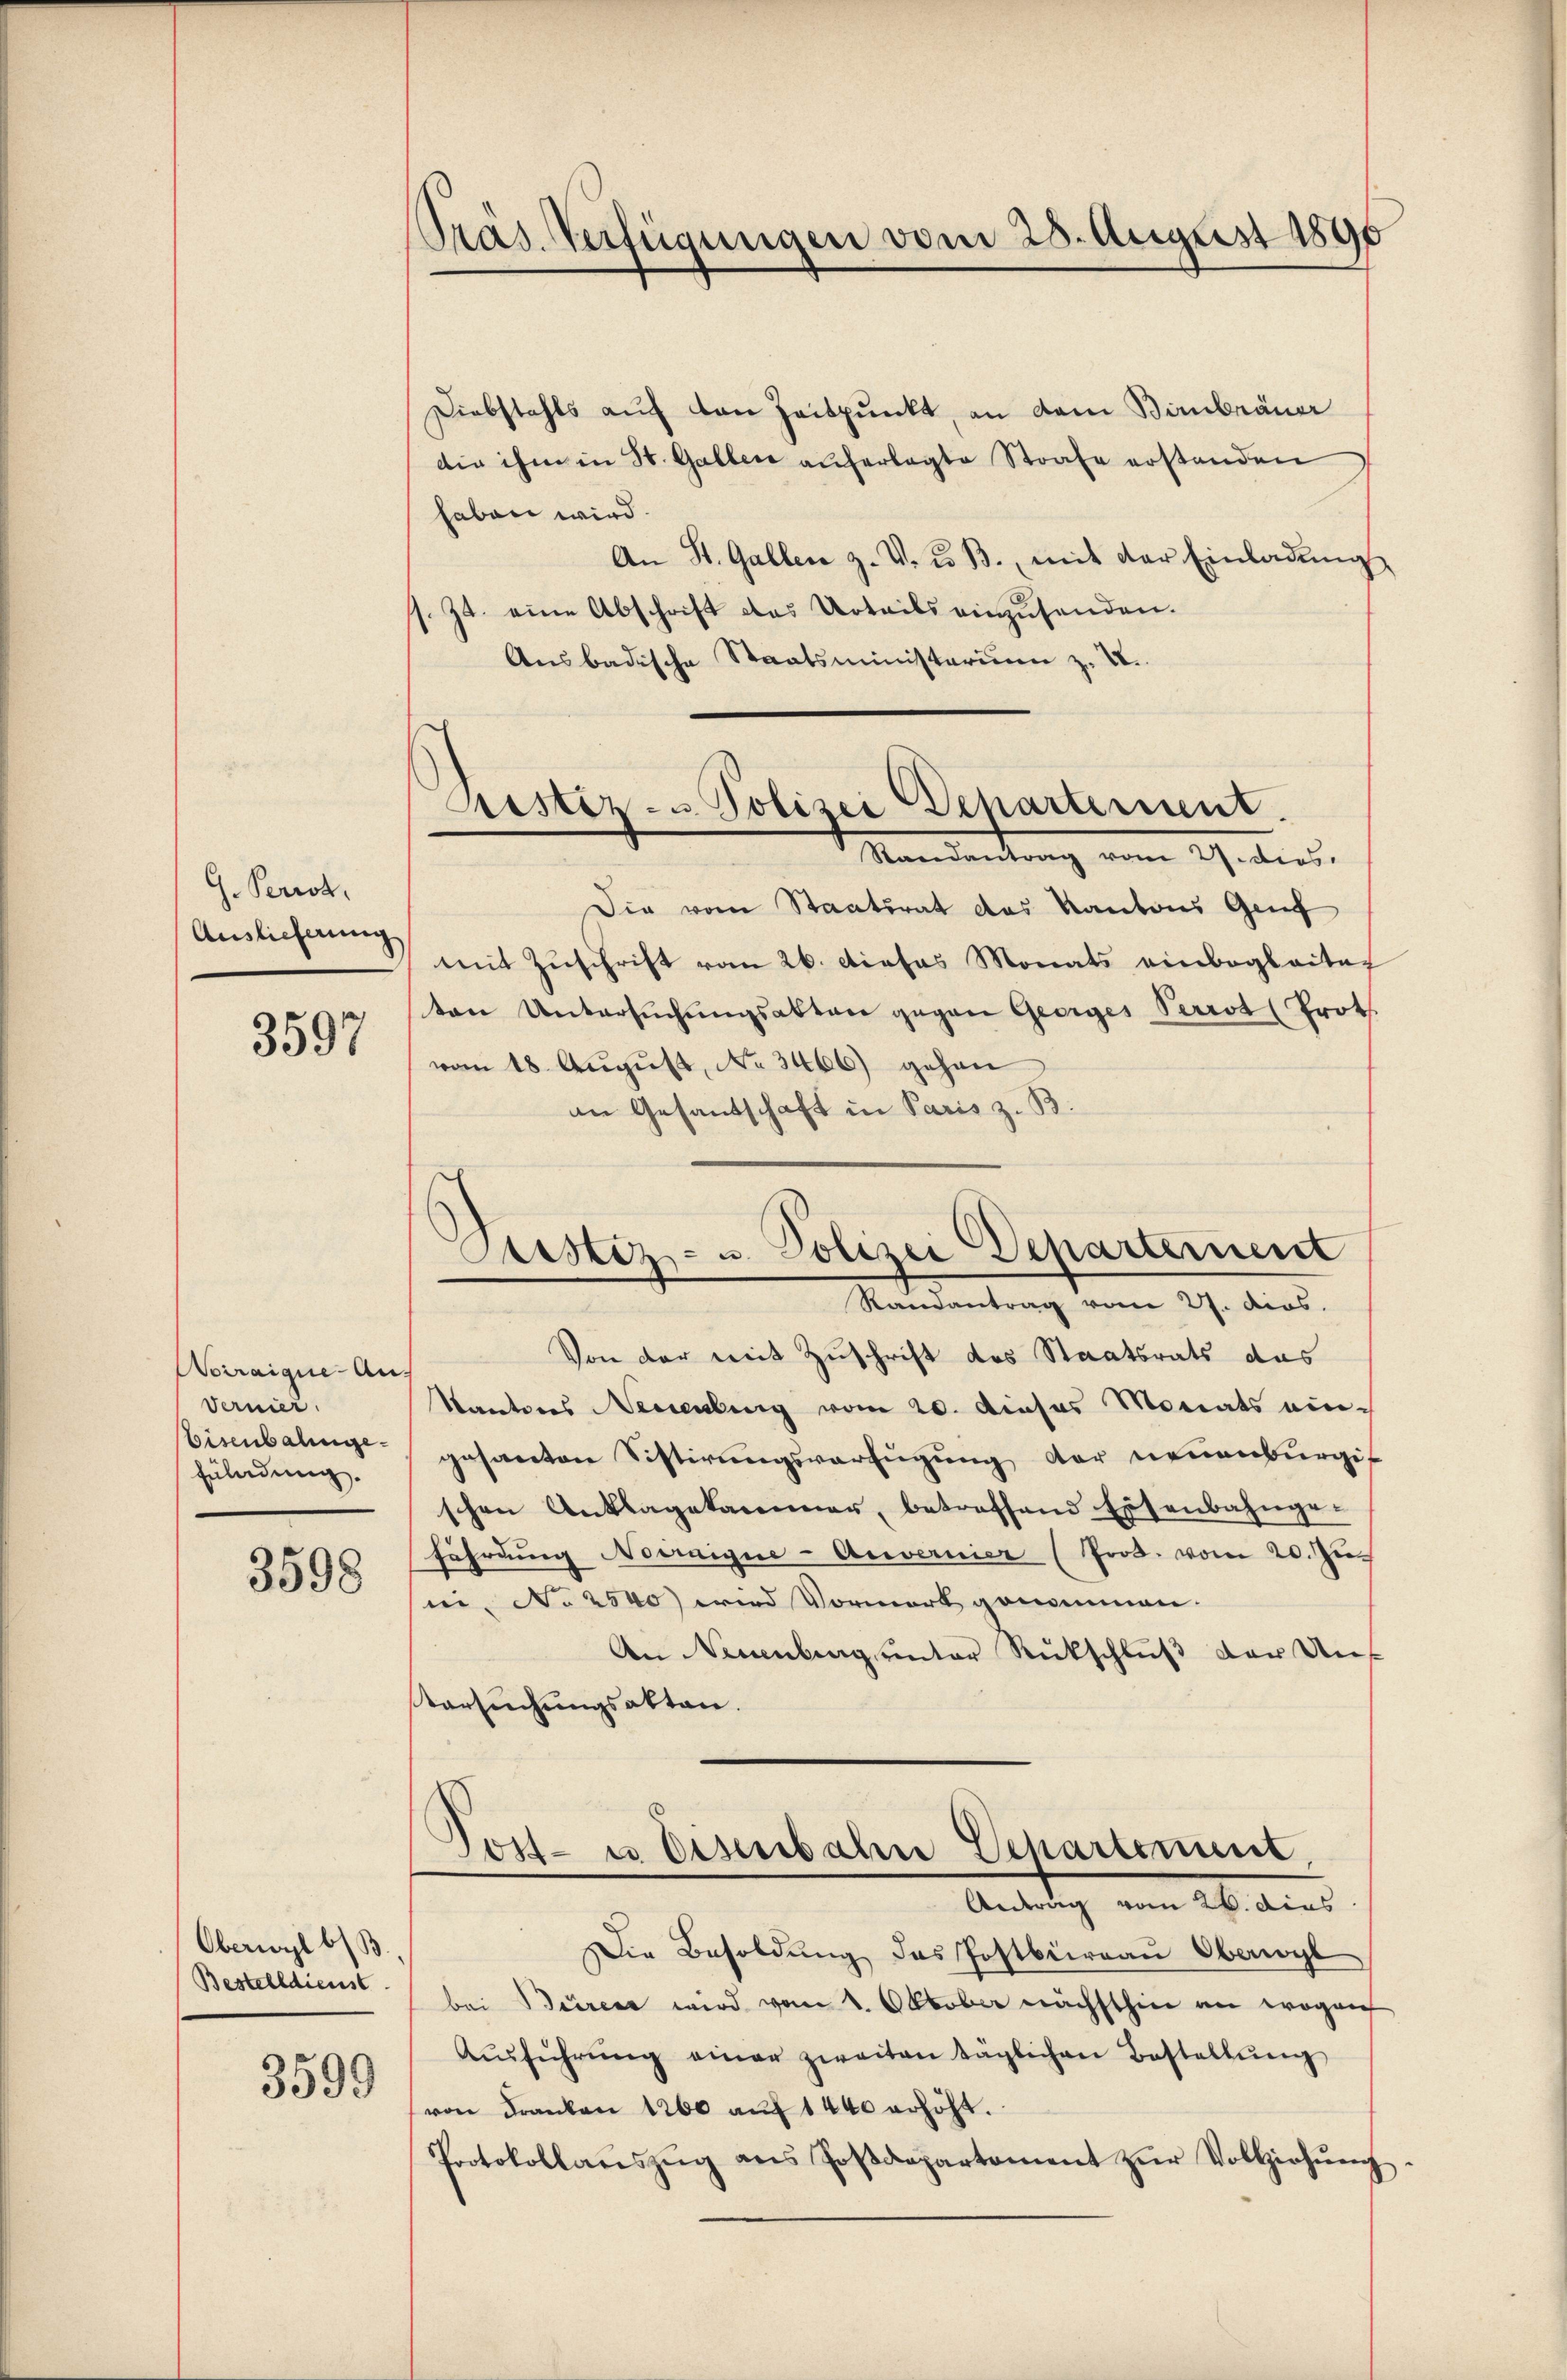
h. Perroh
Auslieferung

3597

Noiraique-Au¬
Vernier.
Eisenbalinge.
Euladung.

3598

Oberwyl b) B
Bestelldienst

3599

Präs. Verfügungen vom 28. August 1890

Diebstahls auf von Zeitpunkt, an dem Bimbräuer
die ihm in St. Gallen auferlegte Strafe erstanden
haben wird.
An St. Gallen z. V. u. B. mit der Einladŭng
s. Zt. eine Abschrift das Urteils einzusenden.
Ausbadische Staatsministerium z. U.
Die vom Staatsrat das Kantons Genf
mit Zuschrift vom 26. Dieses Monats einbegleitag
ten Untersŭchŭngsakten gegen Georges Perrot (Prot
vom 18. August, No 3466) gehen
an Gesandschaft in Paris z. B.
Von der mit Zuschrift des Staatsrats das
Kantons Neuenburg vom 20. dieses Monats eingesanten Sistirungsverfügung der neuenburgis
schen Anklagekammer, betreffend Eisenbahnge-
fährdung Weinigen-Anvernier (Prod. vom 20. Zu
ri, No 2540) wird Vormerk genommen.
An Neuenburg unter Rückschlŭβ der Un-
Versuchungsakten.
.
ost- u. Eisenbahn Departement,
Antrag vom 26. dies
Die Besoldung des Postbüreau Oberwyl
bei Beren wird vom 1. Oktober nächsthin an wegen
Aŭsführŭng einer zweiten taglichen Bestellŭng
von Franken 1260 aŭf 1440 erhöht.
Protokollaŭszŭg ans Zoβdapartement zŭr Vollziehŭng

Aristiz- u Polizei Departement.
Mandantung eine Gedens

Astiz- u. Polizei Departernent
Randantrag vom 27. ders.